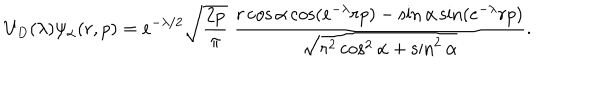
LaTeX: U _ { D } ( \lambda ) \psi _ { \alpha } ( r , p ) = e ^ { - \lambda / 2 } \sqrt { \frac { 2 p } { \pi } } \ \frac { r \cos \alpha \cos ( e ^ { - \lambda } r p ) - \sin \alpha \sin ( e ^ { - \lambda } r p ) } { \sqrt { r ^ { 2 } \cos ^ { 2 } \alpha + \sin ^ { 2 } \alpha } } .